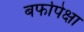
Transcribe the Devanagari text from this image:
बर्फापेक्षा